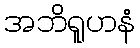
အဘိရူဟနံ